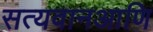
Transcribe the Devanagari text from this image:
सत्यवानआणि